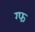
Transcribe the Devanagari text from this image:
ग्फ